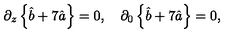
\partial _ { z } \left\{ \hat { b } + 7 \hat { a } \right\} = 0 , \quad \partial _ { 0 } \left\{ \hat { b } + 7 \hat { a } \right\} = 0 ,